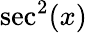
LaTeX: \sec^{2}(x)